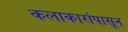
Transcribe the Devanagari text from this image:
कलाकारांपासून